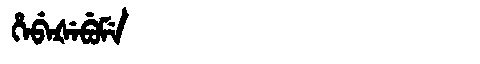
Manchu: ᡥᡝᠪᡝᡧᡝᠪᡠᠮᡝ
Romanization: HEBEŠEBUME